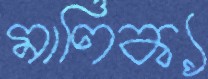
মাণিক্য